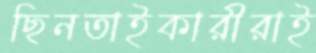
ছিনতাইকারীরাই